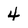
Character: 4